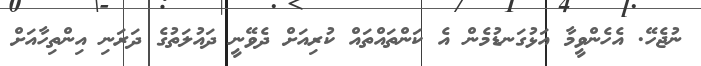
ނުޖެހޭ. އެހެންވީމާ އަޅުގަނޑުމެން އެ ކަންތައްތައް ކުރިއަށް ދެވޭނީ ދައުލަތުގެ ދަރަނި އިންތިހާއަށް